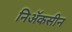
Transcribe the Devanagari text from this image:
निॲकसीन